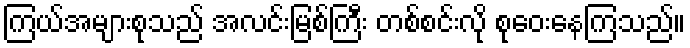
ကြယ်အများစုသည် အလင်းမြစ်ကြီး တစ်စင်းလို စုဝေးနေကြသည်။